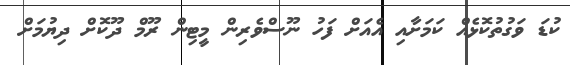
ކުޑަ ވަގުތުކޮޅެއް ކަމަށާއި އެއަށް ފަހު ނޫސްވެރިން މީޓިން ރޫމް ދޫކޮށް ދިޔުމަށް